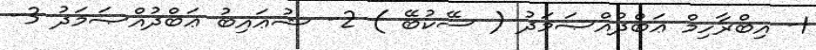
1- އިބްރާހިމް ޢަބްދުއްޞަމަދު ( ސޭކުބޭ ) 2- ޝުޢައިބު ޢަބްދުއްޞަމަދު 3-